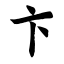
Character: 卞